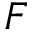
F